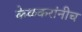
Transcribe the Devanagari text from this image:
केळकरांनीच